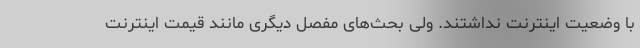
با وضعیت اینترنت نداشتند. ولی بحث‌های مفصل دیگری مانند قیمت اینترنت